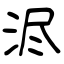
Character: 浕